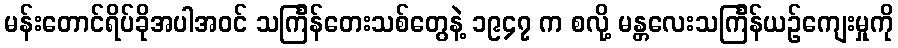
မန်းတောင်ရိပ်ခိုအပါအဝင် သင်္ကြန်တေးသစ်တွေနဲ့ ၁၉၄၇ က စလို့ မန္တလေးသင်္ကြန်ယဉ်ကျေးမှုကို